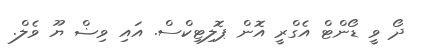
ދޯ ވީ ޑޯންޓް އެގްރީ އޮން ޕޮލިޓިކްސް. އައި ވިޟް ޔޫ ވެލް.